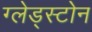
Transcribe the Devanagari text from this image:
ग्लेड्स्टोन